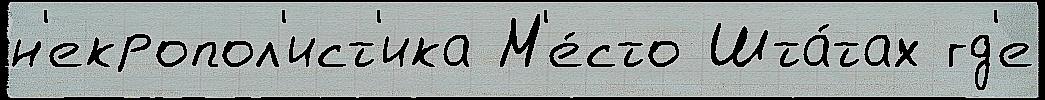
н'екропол'ист'ика М'е́сто Шта́тах гд'е